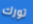
تورك